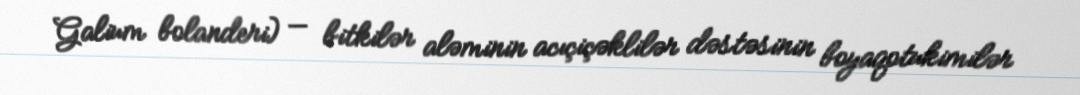
Galium bolanderi) — bitkilər aləminin acıçiçəklilər dəstəsinin boyaqotukimilər